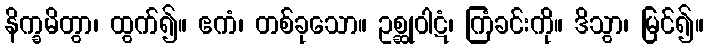
နိက္ခမိတွာ၊ ထွက်၍။ ဧကံ၊ တစ်ခုသော။ ဥစ္ဆုဝါဋံ၊ ကြံခင်းကို။ ဒိသွာ၊ မြင်၍။